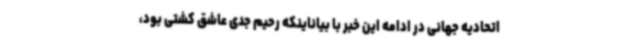
اتحادیه جهانی در ادامه این خبر با بیاناینکه رحیم جدی عاشق کشتی بود،